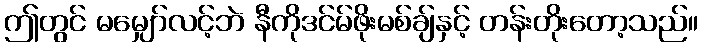
ဤတွင် မမျှော်လင့်ဘဲ နီကိုဒင်မ်ဖိုးမစ်ချ်နှင့် တန်းတိုးတော့သည်။